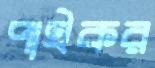
পাইকর